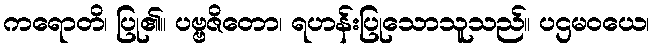
ကရောတိ၊ ပြု၏။ ပဗ္ဗဇိတော၊ ရဟန်းပြုသောသူသည်။ ပဌမဝယေ၊